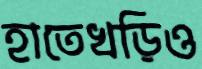
হাতেখড়িও